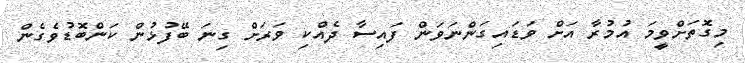
މިގޮތަށްވީމަ އުމުރާ އަށް ވަޑައިގަންނަވަން ފައިސާ ދެއްކި ވަރަށް ގިނަ ބޭފުޅުން ކަންބޮޑުވެގެން